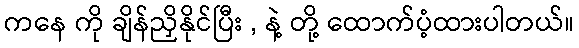
ကနေ ကို ချိန်ညှိနိုင်ပြီး , နဲ့ တို့ ထောက်ပံ့ထားပါတယ်။